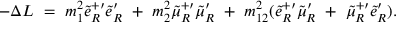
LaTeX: - \Delta { \cal L } ~ = ~ m _ { 1 } ^ { 2 } \tilde { e } _ { R } ^ { + \prime } \tilde { e } _ { R } ^ { \prime } ~ + ~ m _ { 2 } ^ { 2 } \tilde { \mu } _ { R } ^ { + \prime } \tilde { \mu } _ { R } ^ { \prime } ~ + ~ m _ { 1 2 } ^ { 2 } ( \tilde { e } _ { R } ^ { + \prime } \tilde { \mu } _ { R } ^ { \prime } ~ + ~ \tilde { \mu } _ { R } ^ { + \prime } \tilde { e } _ { R } ^ { \prime } ) .